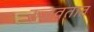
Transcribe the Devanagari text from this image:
रुजवतात